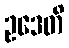
ဥဒေတိ